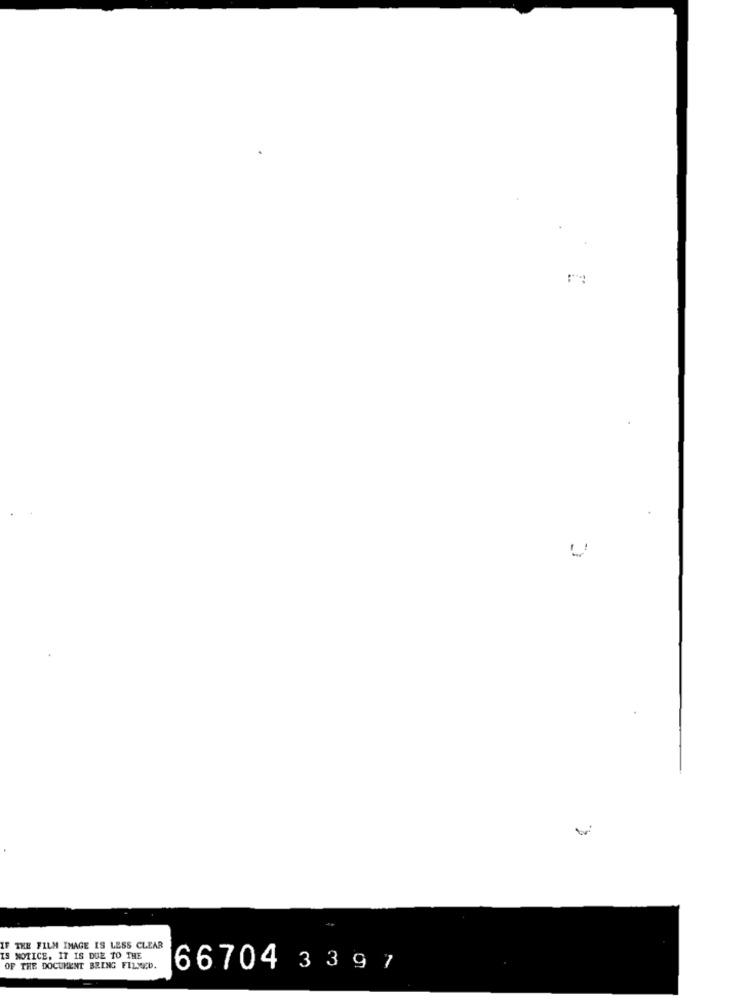
F THE FILM IMAGE IS LESS CLEAR
IS NOTICE, IT IS DUE TO THE
OF THE DOCUMENT BRING FILMED.
66704 3 3 9 7